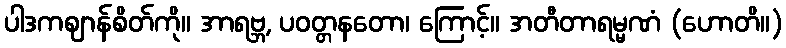
ပါဒကဈာန်စိတ်ကို။ အာရဗ္ဘ, ပဝတ္တနတော၊ ကြောင့်။ အတီတာရမ္မဏံ (ဟောတိ။)